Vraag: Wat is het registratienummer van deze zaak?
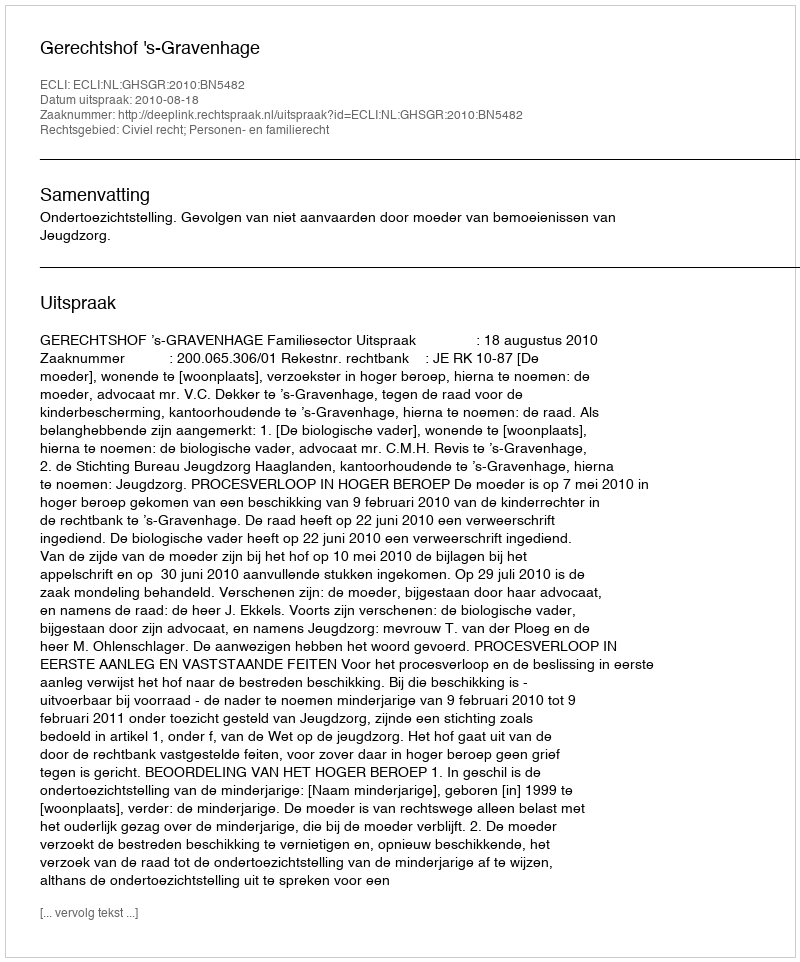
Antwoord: http://deeplink.rechtspraak.nl/uitspraak?id=ECLI:NL:GHSGR:2010:BN5482